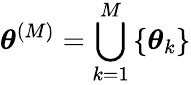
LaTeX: \boldsymbol{{\theta}}^{(M)}=\bigcup_{k=1}^{M}\left\{ \boldsymbol{\theta}_{k}\right\}